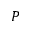
P